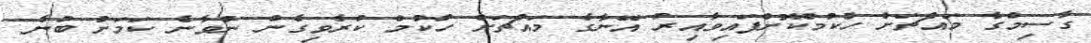
ގާސިމްގެ މައްޗަށް ހުކުމްކޮށްފައިވާއިރު އޭނާގެ މައްޗަށް ހުކުމް ކުރެވިގެން ނުވާނެ ކަމަށް ބުނެ